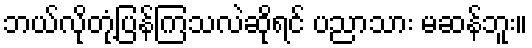
ဘယ်လိုတုံ့ပြန်ကြသလဲဆိုရင် ပညာသား မဆန်ဘူး။